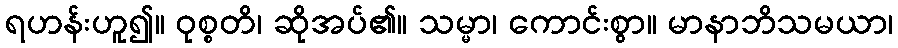
ရဟန်းဟူ၍။ ဝုစ္စတိ၊ ဆိုအပ်၏။ သမ္မာ၊ ကောင်းစွာ။ မာနာဘိသမယာ၊